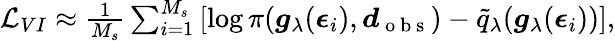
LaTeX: \begin{array}{r}{\mathcal{L}_{VI}\approx\frac{1}{M_{s}}\sum_{i=1}^{M_{s}}\left[\log\pi(\boldsymbol{g}_{\mathbf{\lambda}}(\boldsymbol{\epsilon}_{i}),\boldsymbol{d}_{\mathrm{~o~b~s~}})-\tilde{q}_{\mathbf{\lambda}}(\boldsymbol{g}_{\mathbf{\lambda}}(\boldsymbol{\epsilon}_{i}))\right],}\end{array}